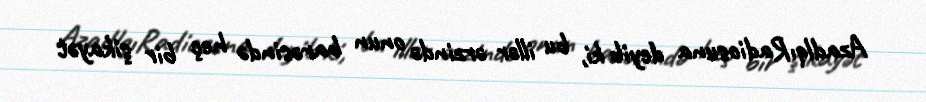
AzadlqıRadiosuna deyib ki, bu illər ərzində onun barəsində heç bir şikayət